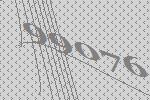
99076